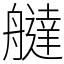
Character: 𦪭